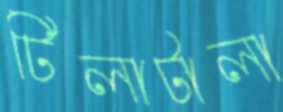
টিলাটালা